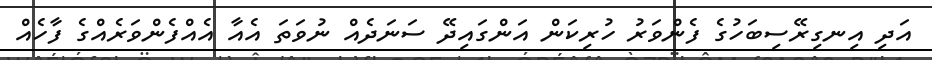
އަދި އިނގިރޭސިބަހުގެ ފެންވަރު ހުރިކަން އަންގައިދޭ ސަނަދެއް ނުވަތަ އެއާ އެއްފެންވަރެއްގެ ފާހެއް